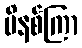
မိနစ်ကြာ